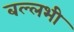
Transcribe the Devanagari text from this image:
बल्लभी